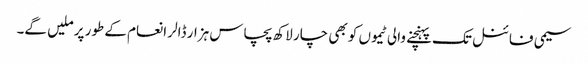
سیمی فائنل تک پہنچنے والی ٹیموں کو بھی چار لاکھ پچاس ہزار ڈالر انعام کے طور پر ملیں گے۔